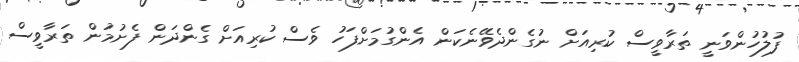
ފުލުހުންވަނީ ތަރާވީސް ކުރިއަށް ނުގެންދެވޭނެކަން އެންގުމަށްފަހު ވެސް ކުރިއަށް ގެންދަން ފެށުމުން ތަރާވީސް